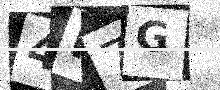
Text: 4R7G